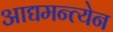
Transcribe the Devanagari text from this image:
आद्यमन्त्येन